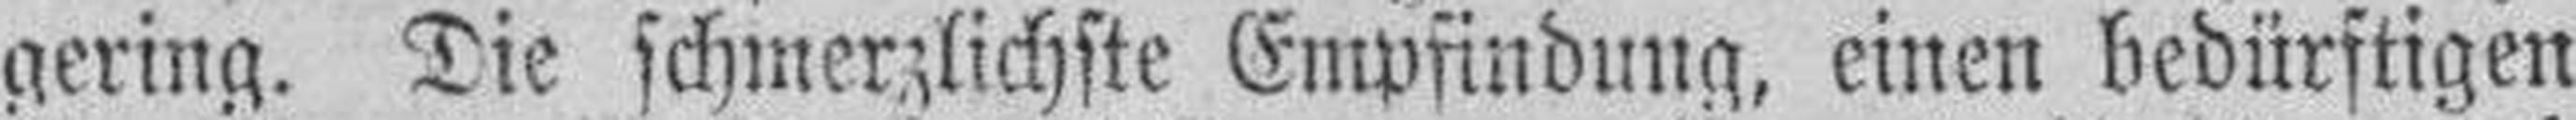
gering. Die schmerzlichste Empfindung, einen bedürftigen